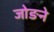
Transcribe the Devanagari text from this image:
जोङने